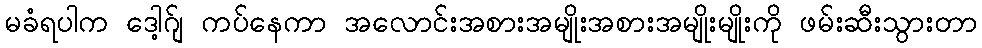
မခံရပါက ဒေါ့ဂ်ျ ကပ်နေကာ အလောင်းအစားအမျိုးအစားအမျိုးမျိုးကို ဖမ်းဆီးသွားတာ